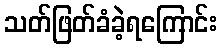
သတ်ဖြတ်ခံခဲ့ရကြောင်း